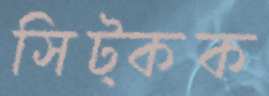
সিট্‌কক